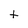
Character: t